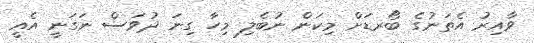
ވާއިރު އެތަނުގެ ބޯރޑަށް މިކަން ނުބެލި މިހާ ގިނަ ދުވަސް ނަގަނީ އެއީ